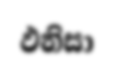
ඵනිසා